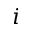
i